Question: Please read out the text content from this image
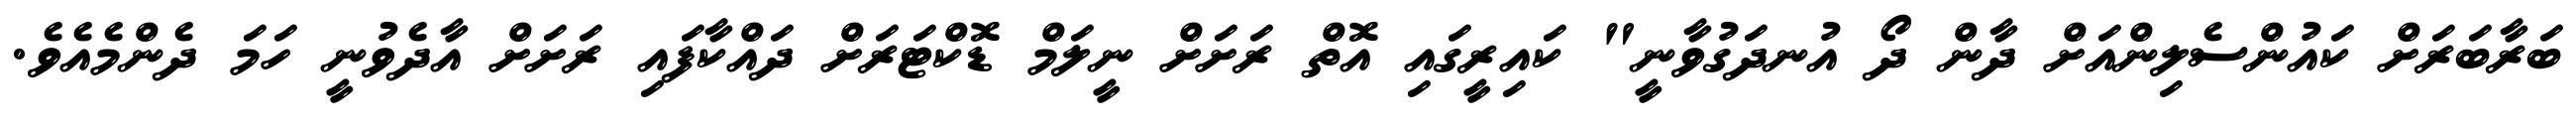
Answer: ބަރާބަރަށް ކައުންސެލިންއަށް ދާން ދޯ އުނދަގުވާނީ" ކައިރީގައި އޮތް ރަށަށް ނީލަމް ޑޮކްޓަރަށް ދައްކާފައި ރަށަށް އާދެވުނީ ހަމަ ދެންމެއެވެ.